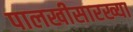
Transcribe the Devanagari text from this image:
पालखीसारख्या